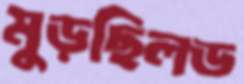
মুড়ছিলড